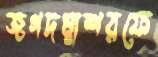
জগদম্বাশরফে